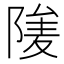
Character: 𨺮